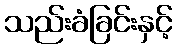
သည်းခံခြင်းနှင့်